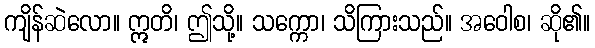
ကျိန်ဆဲလော။ ဣတိ၊ ဤသို့။ သက္ကော၊ သိကြားသည်။ အဝေါစ၊ ဆို၏။